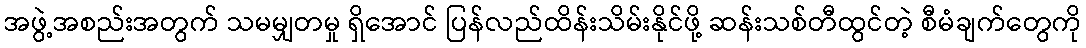
အဖွဲ့အစည်းအတွက် သမမျှတမှု ရှိအောင် ပြန်လည်ထိန်းသိမ်းနိုင်ဖို့ ဆန်းသစ်တီထွင်တဲ့ စီမံချက်တွေကို